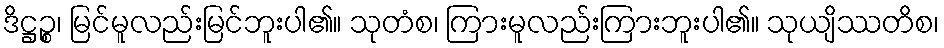
ဒိဋ္ဌဉ္စ၊ မြင်မူလည်းမြင်ဘူးပါ၏။ သုတံစ၊ ကြားမူလည်းကြားဘူးပါ၏။ သုယျိဿတိစ၊